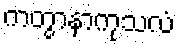
ကတွာနာကုသလံ